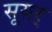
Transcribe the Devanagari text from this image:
सूयर्